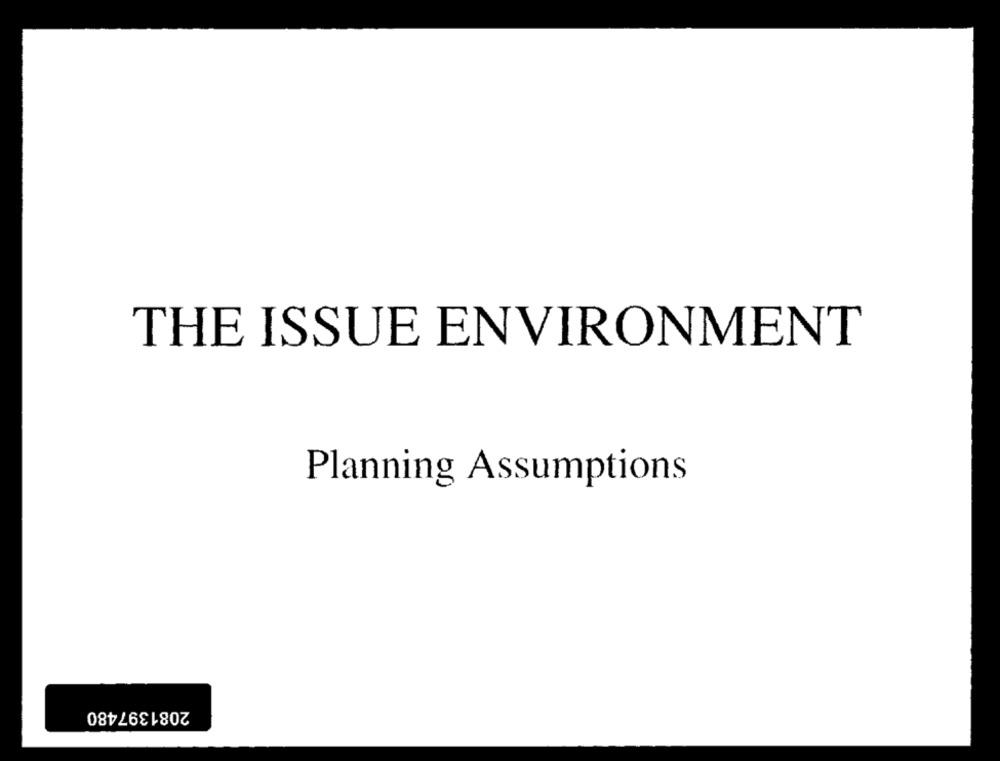
THE ISSUE ENVIRONMENT
Planning Assumptions
2081397480